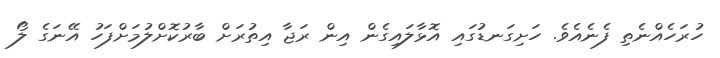
ހުރަހެއްނެތި ފެނެއެވެ. ހަށިގަނޑުގައި އޮޅާލައިގެން އިން ރަޖާ އިތުރަށް ބާރުކޮށްލުމަށްފަހު އޭނަގެ ލޯ